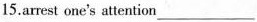
15.arrest one's attention ___